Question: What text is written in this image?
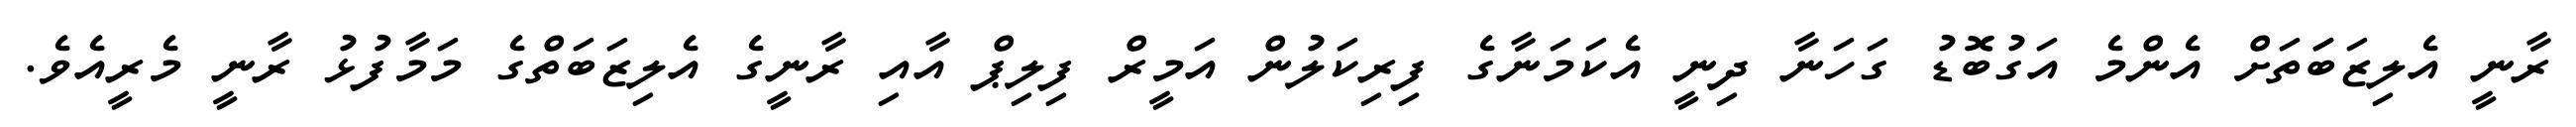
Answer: ރާނީ އެލިޒަބަަތަށް އެންމެ އަގުބޮޑު ގަހަނާ ދިނީ އެކަމަނާގެ ފިރިކަލުން އަމީރް ފިލިޕް އާއި ރާނީގެ އެލިޒަބަތްގެ މަމާފުޅު ރާނީ މެރީއެވެ.